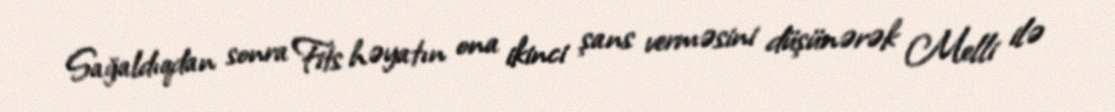
Sağaldıqdan sonra Fits həyatın ona ikinci şans verməsini düşünərək Melli ilə